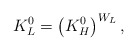
\begin{align*}K^0_L = \left(K^0_H\right)^{W_L}, \end{align*}